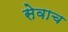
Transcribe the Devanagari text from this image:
सेवाच